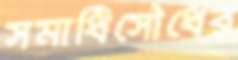
সমাধিসৌধের